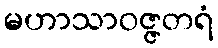
မဟာသာဝဇ္ဇတရံ